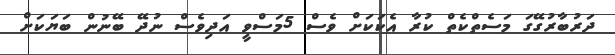
ދަރުބާރުގޭގަ މަސެތްކެތް ކުރާ އެކަކަށް ވެސް 5މަސްވީ އަދިވެސް ނުދޭ ބޭނުން ބަޔަކަށް